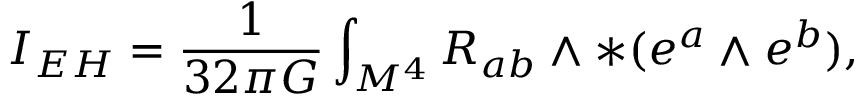
I _ { E H } = \frac { 1 } { 3 2 \pi G } \int _ { M ^ { 4 } } R _ { a b } \wedge \ast ( e ^ { a } \wedge e ^ { b } ) ,